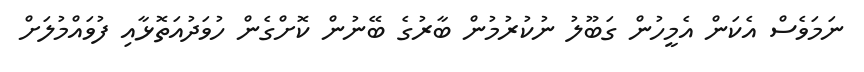
ނަމަވެސް އެކަން އެމީހުން ގަބޫލު ނުކުރުމުން ބާރުގެ ބޭނުން ކޮށްގެން ހުވަދުއަތޮޅާއި ފުވައްމުލަށް